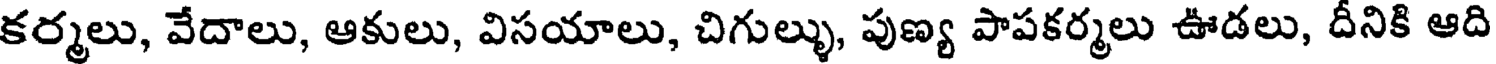
కర్మలు, వేదాలు, ఆకులు, విసయాలు, చిగుల్ళు, పుణ్య పాపకర్మలు ఊడలు, దీనికి ఆది